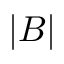
| B |